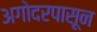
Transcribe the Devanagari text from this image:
अगोदरपासून